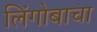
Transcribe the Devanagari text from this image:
लिंगोबाचा